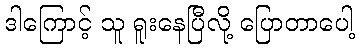
ဒါကြောင့် သူ ရူးနေပြီလို့ ပြောတာပေါ့